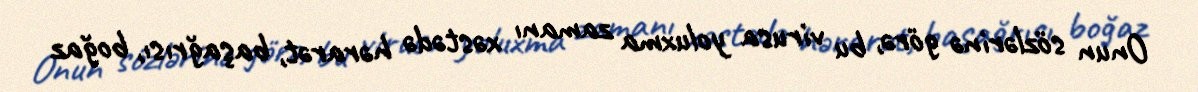
Onun sözlərinə görə, bu virusa yoluxma zamanı xəstədə hərarət, başağrısı, boğaz